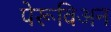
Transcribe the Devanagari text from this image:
पेरूविअन